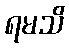
ရမသိ